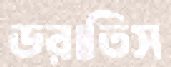
ডরাতিস